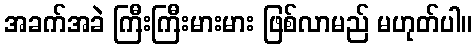
အခက်အခဲ ကြီးကြီးမားမား ဖြစ်လာမည် မဟုတ်ပါ။